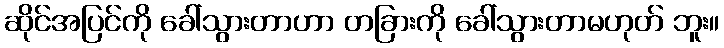
ဆိုင်အပြင်ကို ခေါ်သွားတာဟာ တခြားကို ခေါ်သွားတာမဟုတ် ဘူး။